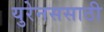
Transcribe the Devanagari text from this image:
युरेनससाठी